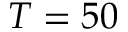
T = 5 0